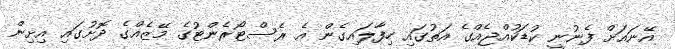
އޭނައަށް ފެނުނީ ކުޑަކުއްޖެއްގެ އަތުގައި ހިފާލައިގެން އެ ރެސްޓޯރެންޓުގެ މޭޒެއްގެ ދޮށުގައި އިށިން